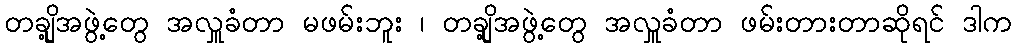
တချို့အဖွဲ့တွေ အလှူခံတာ မဖမ်းဘူး ၊ တချို့အဖွဲ့တွေ အလှူခံတာ ဖမ်းတားတာဆိုရင် ဒါက